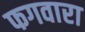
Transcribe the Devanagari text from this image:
फगवारा